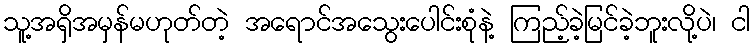
သူ့အရှိအမှန်မဟုတ်တဲ့ အရောင်အသွေးပေါင်းစုံနဲ့ ကြည့်ခဲ့မြင်ခဲ့ဘူးလို့ပဲ၊ ငါ